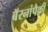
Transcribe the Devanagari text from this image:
बॅरनांपैकी